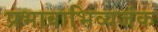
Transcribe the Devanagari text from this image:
प्रभावाभिव्यजंक